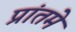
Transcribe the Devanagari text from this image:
प्रांतमे